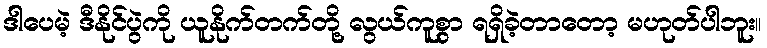
ဒါပေမဲ့ ဒီနိုင်ပွဲကို ယူနိုက်တက်တို့ လွယ်ကူစွာ ရရှိခဲ့တာတော့ မဟုတ်ပါဘူး။